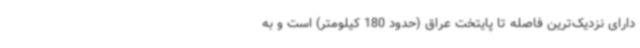
دارای نزدیک‌ترین فاصله تا پایتخت عراق (حدود 180 کیلومتر) است و به